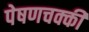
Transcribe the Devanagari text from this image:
पेषणचक्की